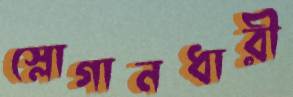
স্লোগানধারী